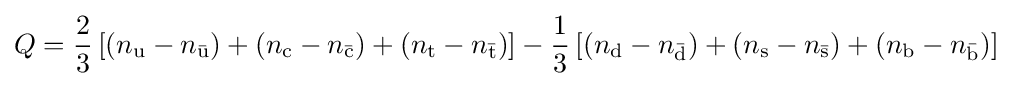
Q={\frac {2}{3}}\left[(n_{\mathrm {u} }-n_{\mathrm {\bar {u}} })+(n_{\mathrm {c} }-n_{\mathrm {\bar {c}} })+(n_{\mathrm {t} }-n_{\mathrm {\bar {t}} })\right]-{\frac {1}{3}}\left[(n_{\mathrm {d} }-n_{\mathrm {\bar {d}} })+(n_{\mathrm {s} }-n_{\mathrm {\bar {s}} })+(n_{\mathrm {b} }-n_{\mathrm {\bar {b}} })\right]